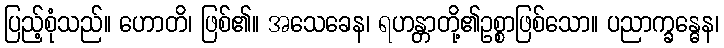
ပြည့်စုံသည်။ ဟောတိ၊ ဖြစ်၏။ အသေခေန၊ ရဟန္တာတို့၏ဥစ္စာဖြစ်သော။ ပညာက္ခန္ဓေန၊